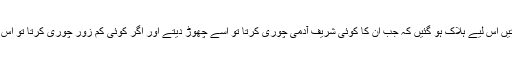
پچھلی بہت سی امتیں اس لیے ہلاک ہو گئیں کہ جب ان کا کوئی شریف آدمی چوری کرتا تو اسے چھوڑ دیتے اور اگر کوئی کم زور چوری کرتا تو اس پر حد قائم کرتے۔